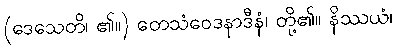
(ဒေသေတိ၊ ၏။) တေသံဝေဒနာဒီနံ၊ တို့၏။ နိဿယံ၊